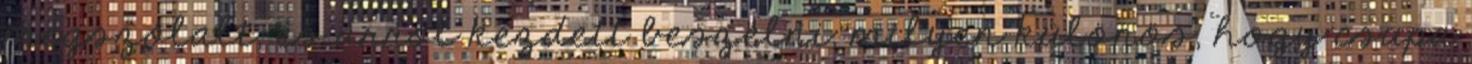
megszólalt, és arról kezdett beszélni, milyen különös, hogy csupa